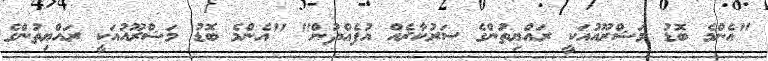
"އެންމެ ބޮޑު މަޝްރޫއުއަކީ ރައްޔިތުންގެ ސަރުކާރެއް އުފެއްދުން" "އެންމެ ބޮޑު މަޝްރޫއުއަކީ ރައްޔިތުންގެ